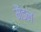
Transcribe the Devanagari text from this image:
मैंडल